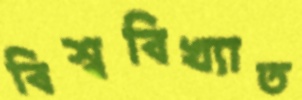
বিশ্ববিখ্যাত